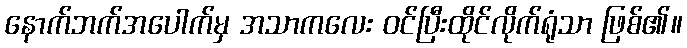
နောက်ဘက်အပေါက်မှ အသာကလေး ဝင်ပြီးထိုင်လိုက်ရုံသာ ဖြစ်၏။